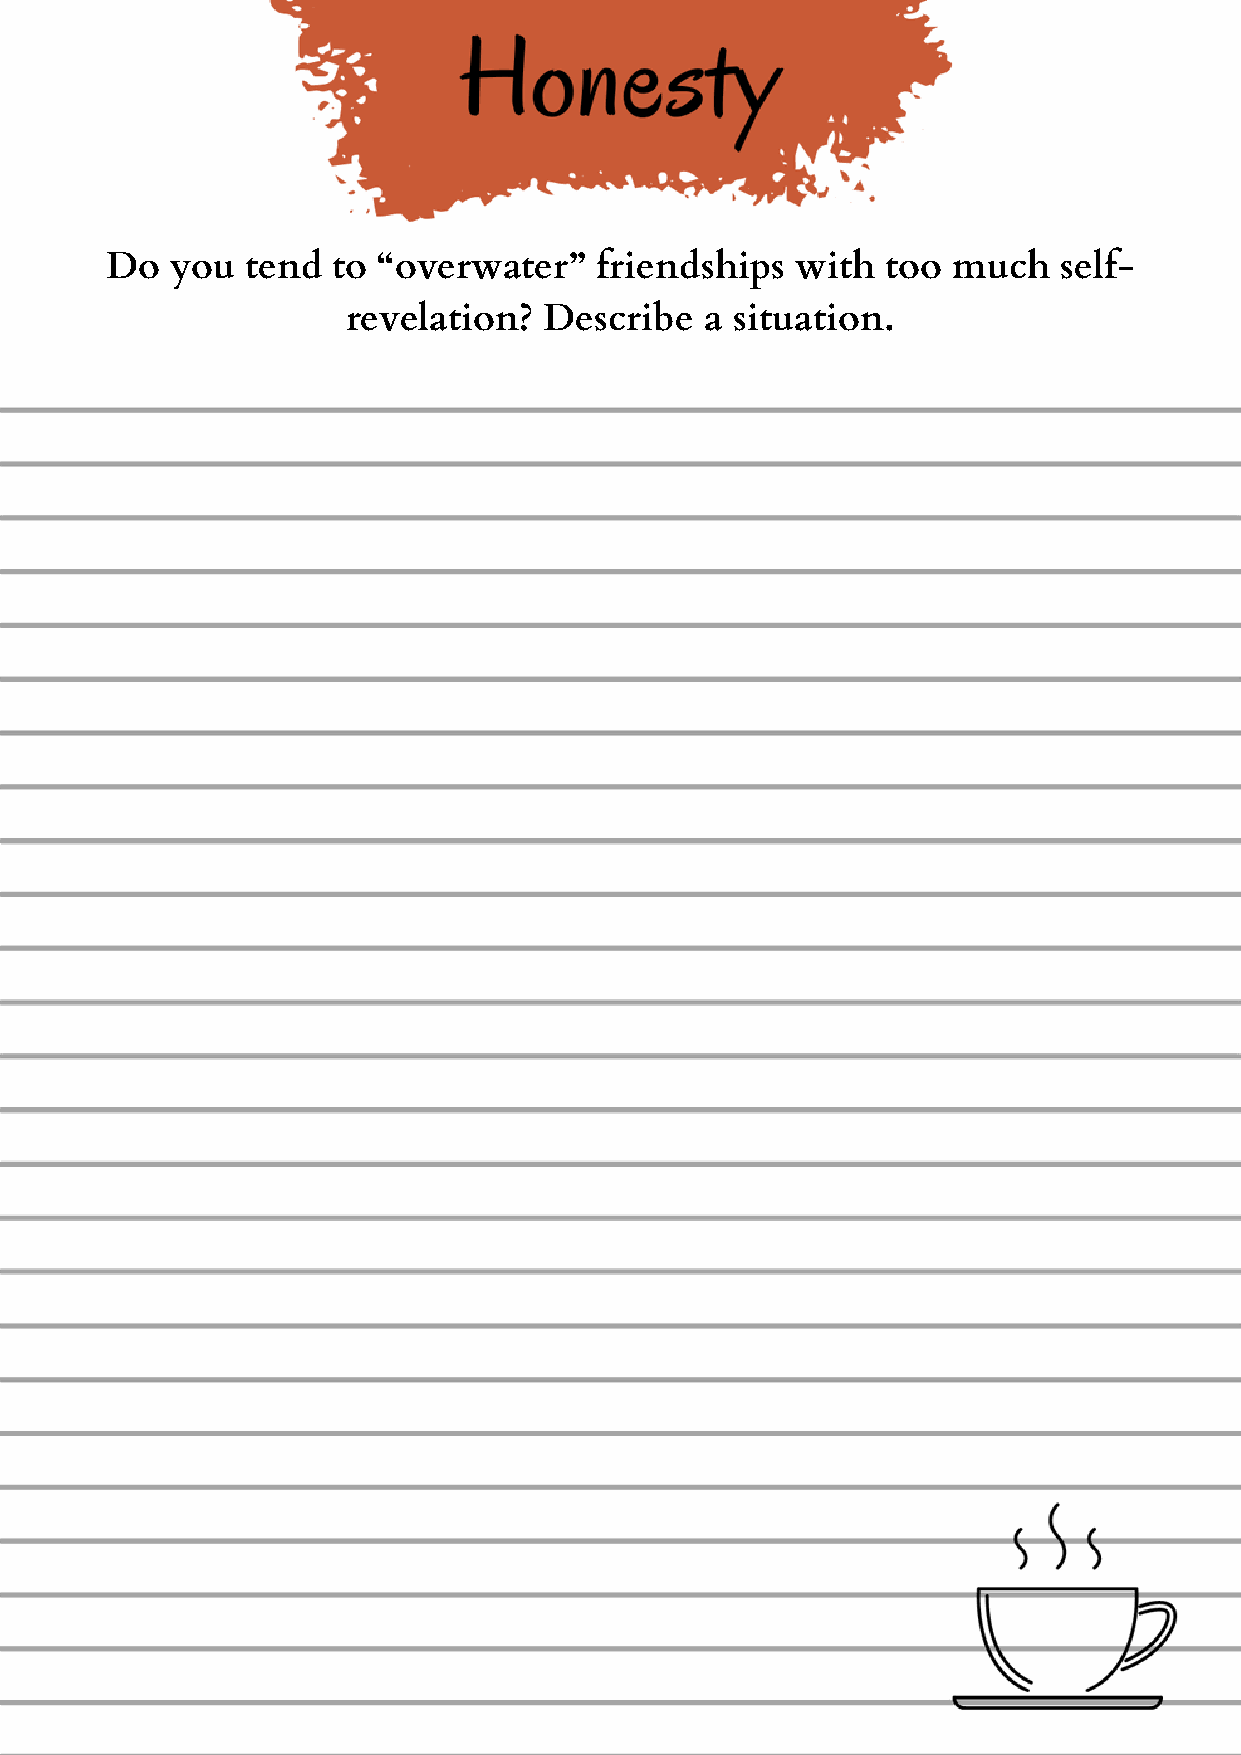
Do  you  tend  to “overwater”    friendships  with  too much   self-
 revelation?  Describe   a situation.